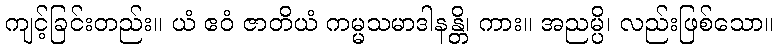
ကျင့်ခြင်းတည်း။ ယံ ဧဝံ ဇာတိယံ ကမ္မသမာဒါနန္တိ၊ ကား။ အညမ္ပိ၊ လည်းဖြစ်သော။